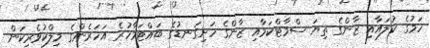
ހަމުގެ ކުލައާއި ޒާންގެ ތިޔަ ސްމާޓްކަމާއި ޒާންގެ ހަށިގަނޑުގެ ބައްޓަމާހުރެ އަހަރެންގެ މިލްކުވެރިކަން